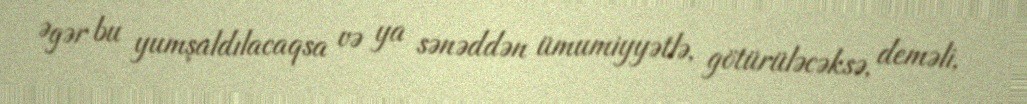
Əgər bu yumşaldılacaqsa və ya sənəddən ümumiyyətlə, götürüləcəksə, deməli,